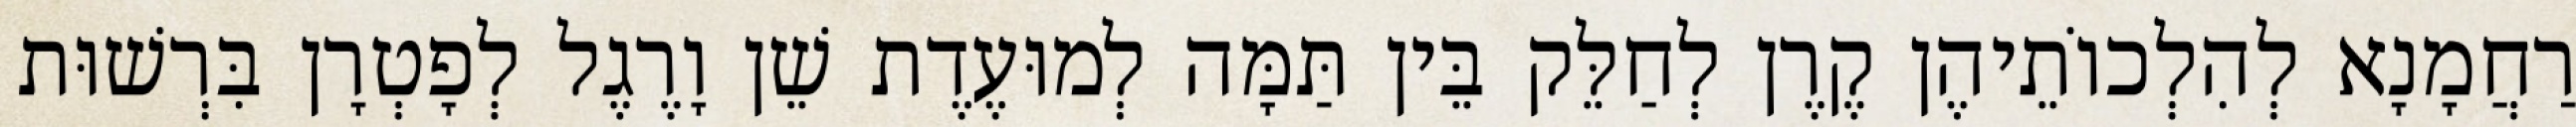
רַחֲמָנָא לְהִלְכוֹתֵיהֶן קֶרֶן לְחַלֵּק בֵּין תַּמָּה לְמוּעֶדֶת שֵׁן וָרֶגֶל לְפָטְרָן בִּרְשׁוּת